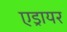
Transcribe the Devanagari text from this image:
एड्रायर